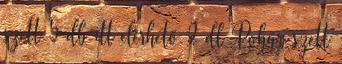
szett 5 db itt elérhető 2 dl Pohár szett